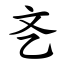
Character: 㐎